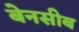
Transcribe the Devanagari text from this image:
बेनसीब